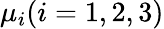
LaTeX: \mu_{i}(i=1,2,3)